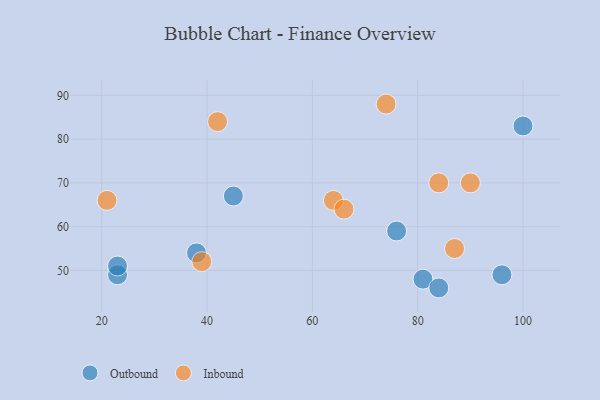
{"axis": {"x": "GDP", "y": "Life Expectancy"}, "legend": ["Inbound", "Outbound"], "data": [{"x": "23", "y": 49, "type": "Outbound"}, {"x": "38", "y": 54, "type": "Outbound"}, {"x": "76", "y": 59, "type": "Outbound"}, {"x": "100", "y": 83, "type": "Outbound"}, {"x": "81", "y": 48, "type": "Outbound"}, {"x": "96", "y": 49, "type": "Outbound"}, {"x": "23", "y": 51, "type": "Outbound"}, {"x": "45", "y": 67, "type": "Outbound"}, {"x": "84", "y": 46, "type": "Outbound"}, {"x": "74", "y": 88, "type": "Inbound"}, {"x": "90", "y": 70, "type": "Inbound"}, {"x": "42", "y": 84, "type": "Inbound"}, {"x": "39", "y": 52, "type": "Inbound"}, {"x": "64", "y": 66, "type": "Inbound"}, {"x": "87", "y": 55, "type": "Inbound"}, {"x": "66", "y": 64, "type": "Inbound"}, {"x": "84", "y": 70, "type": "Inbound"}, {"x": "21", "y": 66, "type": "Inbound"}]}